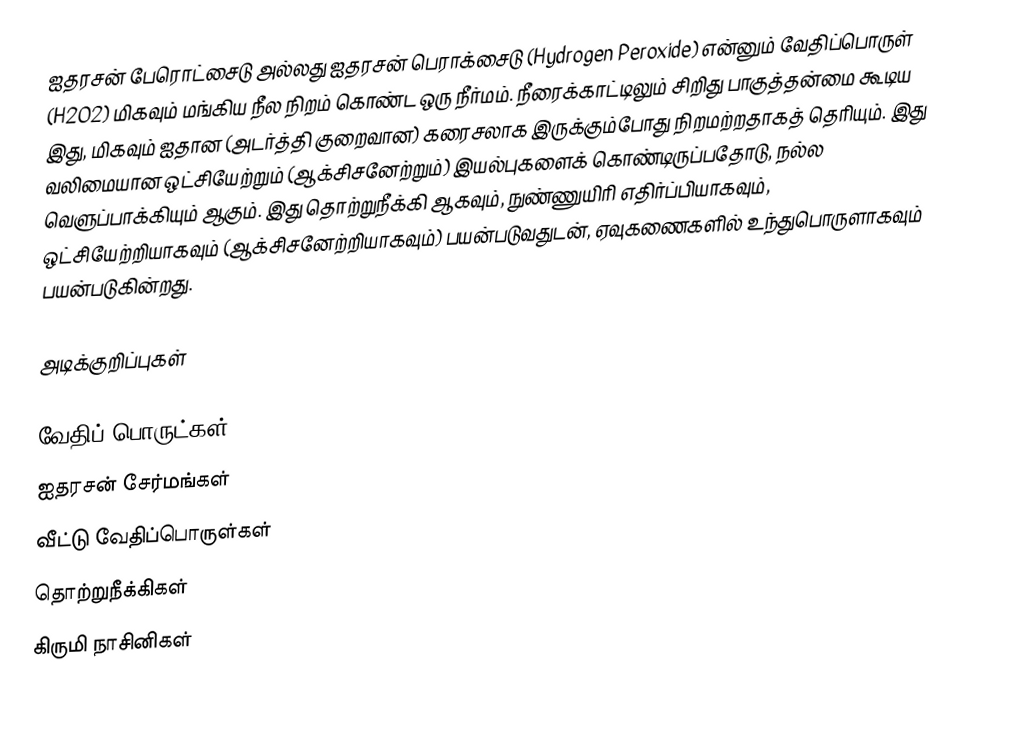
ஐதரசன் பேரொட்சைடு அல்லது ஐதரசன் பெராக்சைடு (Hydrogen Peroxide) என்னும் வேதிப்பொருள் (H2O2) மிகவும் மங்கிய நீல நிறம் கொண்ட ஒரு நீர்மம். நீரைக்காட்டிலும் சிறிது பாகுத்தன்மை கூடிய இது, மிகவும் ஐதான (அடர்த்தி குறைவான) கரைசலாக இருக்கும்போது நிறமற்றதாகத் தெரியும். இது வலிமையான ஒட்சியேற்றும் (ஆக்சிசனேற்றும்) இயல்புகளைக் கொண்டிருப்பதோடு, நல்ல வெளுப்பாக்கியும் ஆகும். இது தொற்றுநீக்கி ஆகவும், நுண்ணுயிரி எதிர்ப்பியாகவும், ஒட்சியேற்றியாகவும் (ஆக்சிசனேற்றியாகவும்) பயன்படுவதுடன், ஏவுகணைகளில் உந்துபொருளாகவும் பயன்படுகின்றது.

அடிக்குறிப்புகள்

வேதிப் பொருட்கள்
ஐதரசன் சேர்மங்கள்
வீட்டு வேதிப்பொருள்கள்
தொற்றுநீக்கிகள்
கிருமி நாசினிகள்